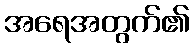
အရေအတွက်၏